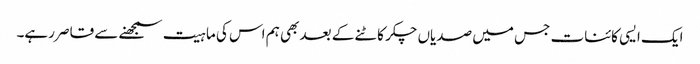
ایک ایسی کائنات جس میں صدیاں چکر کاٹنے کے بعد بھی ہم اس کی ماہیت سمجھنے سے قاصر رہے۔